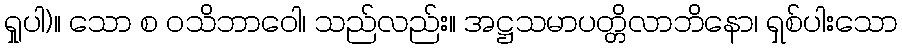
ရှုပါ)။ သော စ ဝသိဘာဝေါ၊ သည်လည်း။ အဋ္ဌသမာပတ္တိလာဘိနော၊ ရှစ်ပါးသော